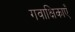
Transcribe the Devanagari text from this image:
गवाक्षिकाएँ